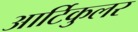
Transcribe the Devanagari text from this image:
आर्टिकुलर